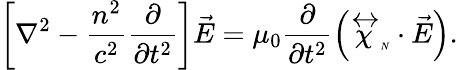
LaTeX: \left[\nabla^{2}-\frac{n^{2}}{c^{2}}\frac{\partial}{\partial t^{2}}\right]\vec{E}=\mu_{0}\frac{\partial}{\partial t^{2}}\left(\stackrel{\leftrightarrow}{\chi}_{\tiny N}\cdot\vec{E}\right).